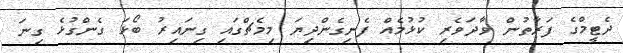
ދެޓީމްގެ ފަރާތުން ވާދަވެރި ކުޅުމެއް ފެނިގެންދިޔަ މިމެޗްގައި ގިނައިރު ބޯޅަ ގެންގުޅެ ގިނަ